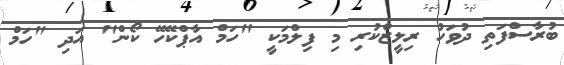
ބުރާސްފަތި ދުވަހު ރިލީޒްކުރި މި ފިލްމަކީ "ހަމް އާޕްކޭހޭ ކޯން" އަދި "ހަމް